Report of the Indian Hemp Drugs Commission, 1894-1895 - Volume V
Year: 1894
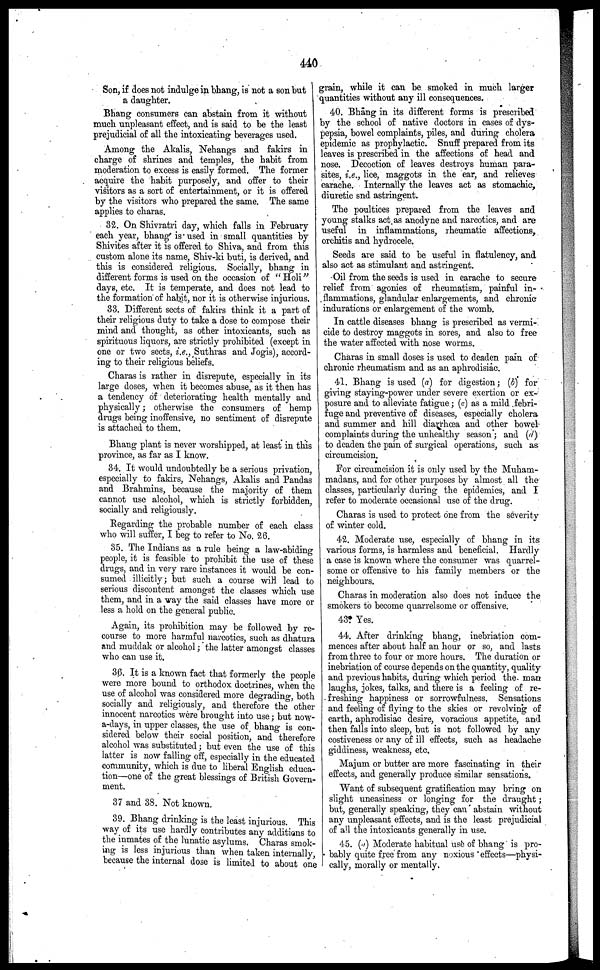
440
Son, if does not indulge in bhang, is not a son but
a daughter.
Bhang consumers can abstain from it without
much unpleasant effect, and is said to be the least
prejudicial of all the intoxicating beverages used.
Among the Akalis, Nehangs and fakirs in
charge of shrines and temples, the habit from
moderation to excess is easily formed. The former
acquire the habit purposely, and offer to their
visitors as a sort of entertainment, or it is offered
by the visitors who prepared the same. The same
applies to charas.
32. On Shivratri day, which falls in February
each year, bhang is used in small quantities by
Shivites after it is offered to Shiva, and from this
custom alone its name, Shiv-ki buti, is derived, and
this is considered religious. Socially, bhang in
different forms is used on the occasion of "Holi"
days, etc. It is temperate, and does not lead to
the formation of habit, nor it is otherwise injurious.
33. Different sects of fakirs think it a part of
their religious duty to take a dose to compose their
mind and thought, as other intoxicants, such as
spirituous liquors, are strictly prohibited (except in
one or two sects, i.e., Suthras and Jogis), accord-
ing to their religious beliefs.
Charas is rather in disrepute, especially in its
large doses, when it becomes abuse, as it then has
a tendency of deteriorating health mentally and
physically; otherwise the consumers of hemp
drags being inoffensive, no sentiment of disrepute
is attached to them.
Bhang plant is never worshipped, at least in this
province, as far as I know.
34. It would undoubtedly be a serious privation,
especially to fakirs, Nehangs, Akalis and Pandas
and Brahmins, because the majority of them
cannot use alcohol, which is strictly forbidden,
socially and religiously.
Regarding the probable number of each class
who will suffer, I beg to refer to No. 26.
35. The Indians as a rule being a law-abiding
people, it is feasible to prohibit the use of these
drugs, and in very rare instances it would be con-
sumed illicitly; but such a course will lead to
serious discontent amongst the classes which use
them, and in a way the said classes have more or
less a hold on the general public.
Again, its prohibition may be followed by re-
course to more harmful narcotics, such as dhatura
and muddak or alcohol; the latter amongst classes
who can use it.
36. It is a known fact that formerly the people
were more bound to orthodox doctrines, when the
use of alcohol was considered more degrading, both
socially and religiously, and therefore the other
innocent narcotics were brought into use; but now-
adays, in upper classes, the use of bhang is con-
sidered below their social position, and therefore
alcohol was substituted; but even the use of this
latter is now falling off, especially in the educated
community, which is due to liberal English educa-
tion—one of the great blessings of British Govern-
ment.
37 and 38. Not known.
39. Bhang drinking is the least injurious. This
way of its use hardly contributes any additions to
the inmates of the lunatic asylums. Charas smok-
ing is less injurious than when taken internally,
because the internal dose is limited to about one
grain, while it can be smoked in much larger
quantities without any ill consequences.
40. Bhang in its different forms is prescribed
by the school of native doctors in cases of dys-
pepsia, bowel complaints, piles, and during cholera
epidemic as prophylactic. Snuff prepared from its
leaves is prescribed in the affections of head and
nose. Decoction of leaves destroys human para-
sites, i.e., lice, maggots in the ear, and relieves
earache. Internally the leaves act as stomachic,
diuretic and astringent.
The poultices prepared from the leaves and
young stalks act as anodyne and narcotics, and are
useful in inflammations, rheumatic affections,
orchitis and hydrocele.
Seeds are said to be useful in flatulency, and
also act as stimulant and astringent.
Oil from the seeds is used in earache to secure
relief from agonies of rheumatism, painful in-
flammations, glandular enlargements, and chronic
indurations or enlargement of the womb.
In cattle diseases bhang is prescribed as vermi-
cide to destroy maggots in sores, and also to free
the water affected with nose worms.
Charas in small doses is used to deaden pain of
chronic rheumatism and as an aphrodisiac.
41. Bhang is used (a) for digestion; (b) for
giving staying-power under severe exertion or ex-
posure and to alleviate fatigue ; (c) as a mild febri-
fuge and preventive of diseases, especially cholera
and summer and hill diarrhoea and other bowel
complaints during the unhealthy season"; and (d)
to deaden the pain of surgical operations, such as
circumcision.
For circumcision it is only used by the Muham-
madans, and for other purposes by almost all the
classes, particularly during the epidemics, and I
refer to moderate occasional use of the drug.
Charas is used to protect one from the severity
of winter cold.
42. Moderate use, especially of bhang in its
various forms, is harmless and beneficial. Hardly
a case is known where the consumer was quarrel-
some or offensive to his family members or the
neighbours.
Charas in moderation also does not induce the
smokers to become quarrelsome or offensive.
43. Yes.
44. After drinking bhang, inebriation com-
mences after about half an hour or so, and lasts
from three to four or more hours. The duration or
inebriation of course depends on the quantity, quality
and previous habits, during which period the. man
laughs, jokes, talks, and there is a feeling of re-
freshing happiness or sorrowfulness. Sensations
and feeling of flying to the skies or revolving of
earth, aphrodisiac desire, voracious appetite, and
then falls into sleep, but is not followed by any
costiveness or any of ill effects, such as headache
giddiness, weakness, etc.
Majum or butter are more fascinating in their
effects, and generally produce similar sensations.
Want of subsequent gratification may bring on
slight uneasiness or longing for the draught;
but, generally speaking, they can abstain without
any unpleasant effects, and is the least prejudicial
of all the intoxicants generally in use.
45. (a) Moderate habitual use of bhang is pro-
bably quite free from any noxious effects—physi-
cally, morally or mentally.